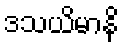
ဒသယိမာနိ